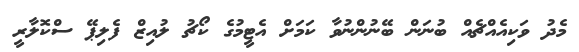
މެދު ވަކިއެއްޗެއް ބުނަން ބޭނުންނުވާ ކަމަށް އެޓީމުގެ ކޯޗު ލުއިޒް ފެލިޕޭ ސްކޮލާރީ